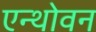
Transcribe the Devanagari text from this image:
एन्थोवन